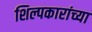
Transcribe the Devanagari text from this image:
शिल्पकारांच्या